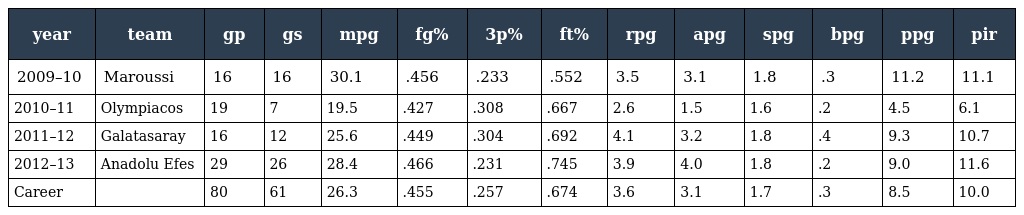
| year | team | gp | gs | mpg | fg% | 3p% | ft% | rpg | apg | spg | bpg | ppg | pir |
 | --- | --- | --- | --- | --- | --- | --- | --- | --- | --- | --- | --- | --- | --- |
 | 2009–10 | Maroussi | 16 | 16 | 30.1 | .456 | .233 | .552 | 3.5 | 3.1 | 1.8 | .3 | 11.2 | 11.1 |
 | 2010–11 | Olympiacos | 19 | 7 | 19.5 | .427 | .308 | .667 | 2.6 | 1.5 | 1.6 | .2 | 4.5 | 6.1 |
 | 2011–12 | Galatasaray | 16 | 12 | 25.6 | .449 | .304 | .692 | 4.1 | 3.2 | 1.8 | .4 | 9.3 | 10.7 |
 | 2012–13 | Anadolu Efes | 29 | 26 | 28.4 | .466 | .231 | .745 | 3.9 | 4.0 | 1.8 | .2 | 9.0 | 11.6 |
 | Career |  | 80 | 61 | 26.3 | .455 | .257 | .674 | 3.6 | 3.1 | 1.7 | .3 | 8.5 | 10.0 |